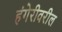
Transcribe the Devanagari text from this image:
हंगेरीवरील